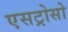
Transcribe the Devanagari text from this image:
एसट्रोसो